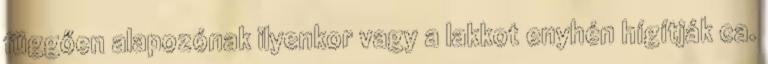
függően alapozónak ilyenkor vagy a lakkot enyhén hígítják ca.